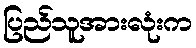
ပြည်သူအားလုံးက